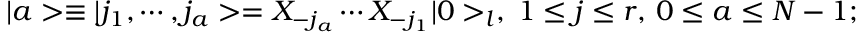
\vert a > \equiv \vert j _ { 1 } , \cdots , j _ { a } > = X _ { - j _ { a } } \cdots X _ { - j _ { 1 } } \vert 0 > _ { l } , \; 1 \leq j \leq r , \, 0 \leq a \leq N - 1 ;